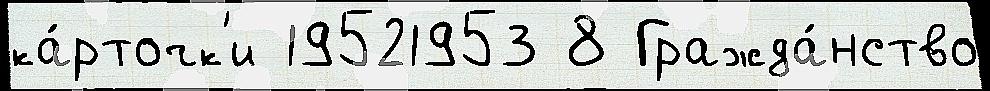
ка́рточк'и 19521953 8 Гражда́нство